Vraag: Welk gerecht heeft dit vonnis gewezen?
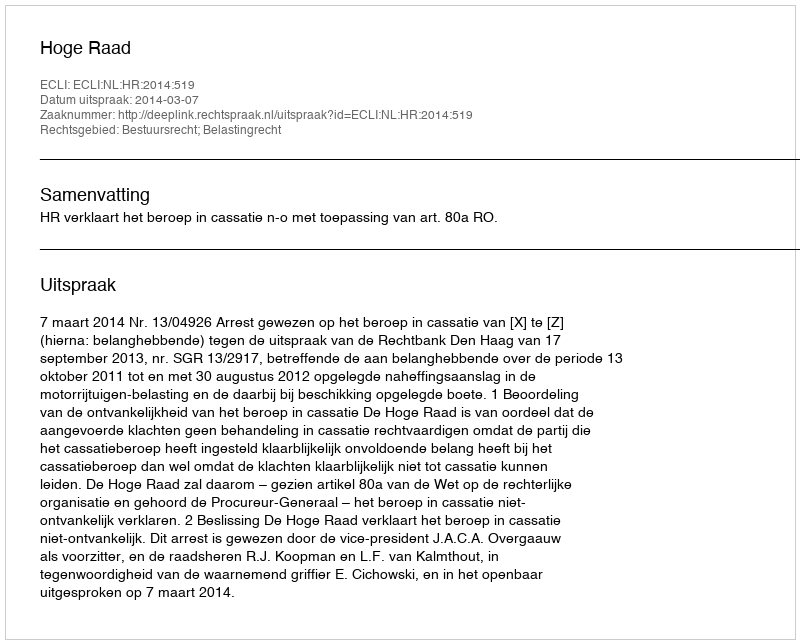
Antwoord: Hoge Raad